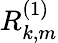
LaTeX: R_{k,m}^{(1)}